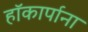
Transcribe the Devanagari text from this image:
हॉकार्पाना